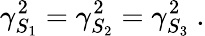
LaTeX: \gamma_{S_{1}}^{2}=\gamma_{S_{2}}^{2}=\gamma_{S_{3}}^{2}~.